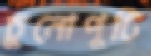
চুনোপুটি